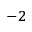
^ { - 2 }